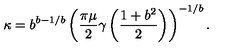
\kappa = b ^ { b - 1 / b } \left( \frac { \pi \mu } { 2 } \gamma \left( \frac { 1 + b ^ { 2 } } { 2 } \right) \right) ^ { - 1 / b } .